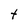
Character: t